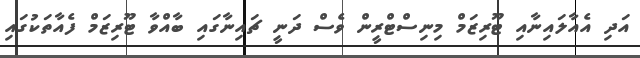
އަދި އެއާލައިނާއި ޓޫރިޒަމް މިނިސްޓްރީން ވެސް ދަނީ ޗައިނާގައި ބާއްވާ ޓޫރިޒަމް ފެއާތަކުގައި